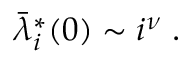
\begin{array} { r } { \bar { \lambda } _ { i } ^ { * } ( 0 ) \sim i ^ { \nu } \; . } \end{array}